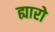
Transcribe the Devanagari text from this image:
ह्यारो